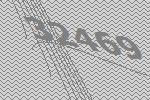
32469